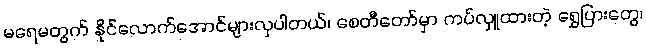
မရေမတွက် နိုင်လောက်အောင်များလှပါတယ်၊ စေတီတော်မှာ ကပ်လှူထားတဲ့ ရွှေပြားတွေ၊